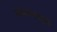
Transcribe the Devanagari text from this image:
मंडणगडहून